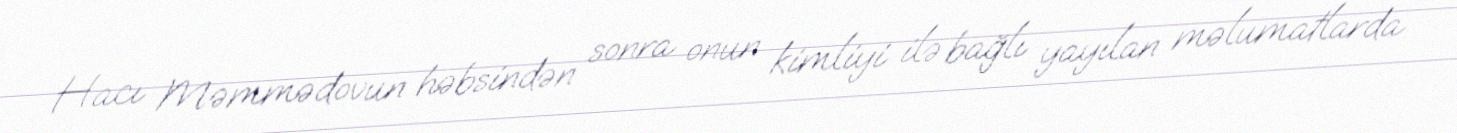
Hacı Məmmədovun həbsindən sonra onun kimliyi ilə bağlı yayılan məlumatlarda